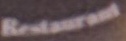
Restaurant